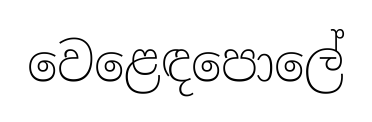
වෙළෙඳපොලේ